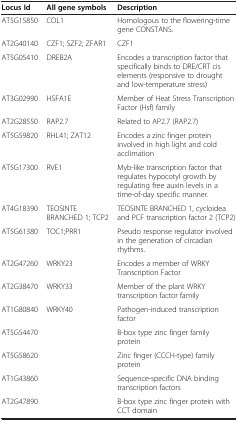
<table><thead><tr><td><b>Locus Id</b></td><td><b>All gene symbols</b></td><td><b>Description</b></td></tr></thead><tbody><tr><td>AT5G15850</td><td>COL1</td><td>Homologous to the flowering-time gene CONSTANS.</td></tr><tr><td>AT2G40140</td><td>CZF1; SZF2; ZFAR1</td><td>CZF1</td></tr><tr><td>AT5G05410</td><td>DREB2A</td><td>Encodes a transcription factor that specifically binds to DRE/CRT cis elements (responsive to drought and low-temperature stress)</td></tr><tr><td>AT3G02990</td><td>HSFA1E</td><td>Member of Heat Stress Transcription Factor (Hsf) family</td></tr><tr><td>AT2G28550</td><td>RAP2.7</td><td>Related to AP2.7 (RAP2.7)</td></tr><tr><td>AT5G59820</td><td>RHL41; ZAT12</td><td>Encodes a zinc finger protein involved in high light and cold acclimation</td></tr><tr><td>AT5G17300</td><td>RVE1</td><td>Myb-like transcription factor that regulates hypocotyl growth by regulating free auxin levels in a time-of-day specific manner.</td></tr><tr><td>AT4G18390</td><td>TEOSINTE BRANCHED 1; TCP2</td><td>TEOSINTE BRANCHED 1, cycloidea and PCF transcription factor 2 (TCP2)</td></tr><tr><td>AT5G61380</td><td>TOC1;PRR1</td><td>Pseudo response regulator involved in the generation of circadian rhythms.</td></tr><tr><td>AT2G47260</td><td>WRKY23</td><td>Encodes a member of WRKY Transcription Factor</td></tr><tr><td>AT2G38470</td><td>WRKY33</td><td>Member of the plant WRKY transcription factor family</td></tr><tr><td>AT1G80840</td><td>WRKY40</td><td>Pathogen-induced transcription factor</td></tr><tr><td>AT5G54470</td><td> </td><td>B-box type zinc finger family protein</td></tr><tr><td>AT5G58620</td><td> </td><td>Zinc finger (CCCH-type) family protein</td></tr><tr><td>AT1G43860</td><td> </td><td>Sequence-specific DNA binding transcription factors</td></tr><tr><td>AT2G47890</td><td> </td><td>B-box type zinc finger protein with CCT domain</td></tr></tbody></table>